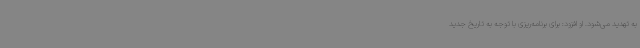
به تهدید می‌شود. او افزود: برای برنامه‌ریزی با توجه به تاریخ جدید